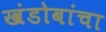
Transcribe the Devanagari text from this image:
खंडोबांचा